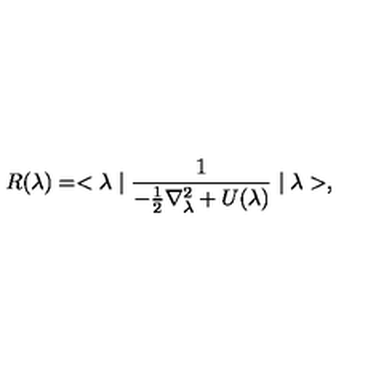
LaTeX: R ( \lambda ) = < \lambda \mid \frac { 1 } { - \frac { 1 } { 2 } \nabla _ { \lambda } ^ { 2 } + U ( \lambda ) } \mid \lambda > ,